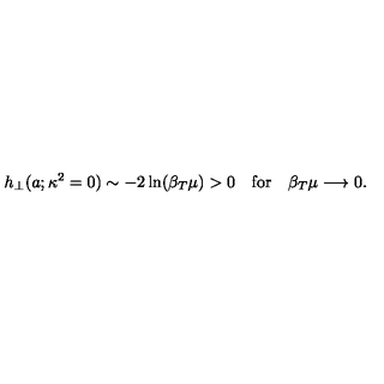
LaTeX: h _ { \perp } ( a ; \kappa ^ { 2 } = 0 ) \sim - 2 \ln ( \beta _ { T } \mu ) > 0 \quad \mathrm { f o r } \quad \beta _ { T } \mu \longrightarrow 0 .